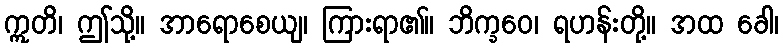
ဣတိ၊ ဤသို့။ အာရောစေယျ၊ ကြားရာ၏။ ဘိက္ခဝေ၊ ရဟန်းတို့။ အထ ခေါ၊